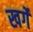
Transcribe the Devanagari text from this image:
खर्गे